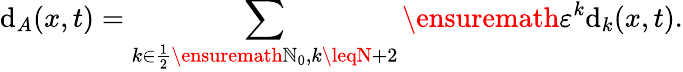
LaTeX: \mathrm{d}_{A}(x,t)=\sum_{k\in\frac{1}{2}\ensuremath{{\mathbb{{N}}}}_{0},k\leqN+2}\ensuremath{{\varepsilon}}^{k}\mathrm{d}_{k}(x,t).